Indian journal of veterinary science and animal husbandry - Volumes 18-21, 1948-1951
Year: 1948
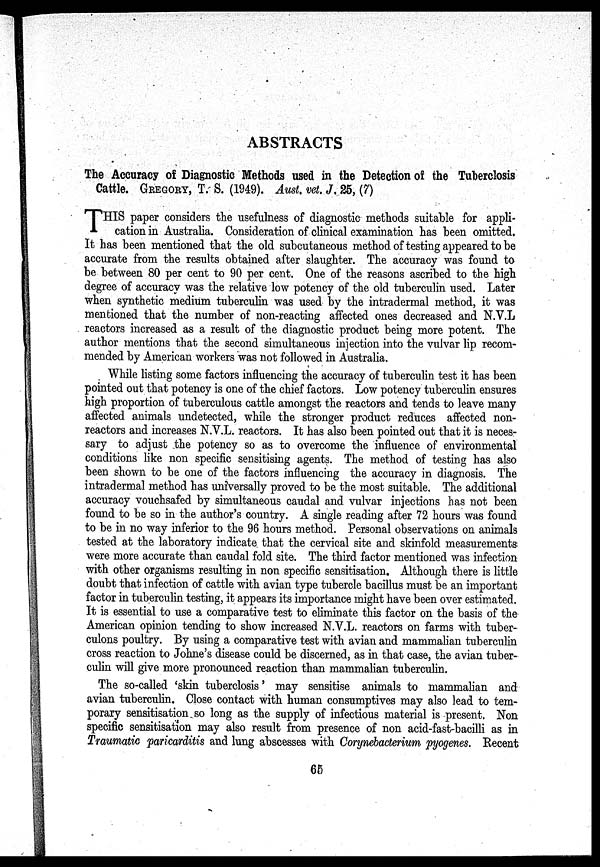
ABSTRACTS
The Accuracy of Diagnostic Methods used in the Detection of the Tuberclosis
Cattle. GREGORY, T. S. (1949). Aust. vet. J. 25, (7)
T HIS paper considers the usefulness of diagnostic methods suitable for appli-
cation in Australia. Consideration of clinical examination has been omitted.
It has been mentioned that the old subcutaneous method of testing appeared to be
accurate from the results obtained after slaughter. The accuracy was found to
be between 80 per cent to 90 per cent. One of the reasons ascribed to the high
degree of accuracy was the relative low potency of the old tuberculin used. Later
when synthetic medium tuberculin was used by the intradermal method, it was
mentioned that the number of non-reacting affected ones decreased and N.V.L
reactors increased as a result of the diagnostic product being more potent. The
author mentions that the second simultaneous injection into the vulvar lip recom-
mended by American workers was not followed in Australia.
While listing some factors influencing the accuracy of tuberculin test it has been
pointed out that potency is one of the chief factors. Low potency tuberculin ensures
high proportion of tuberculous cattle amongst the reactors and tends to leave many
affected animals undetected, while the stronger product reduces affected non-
reactors and increases N.V.L. reactors. It has also been pointed out that it is neces-
sary to adjust the potency so as to overcome the influence of environmental
conditions like non specific sensitising agents. The method of testing has also
been shown to be one of the factors influencing the accuracy in diagnosis. The
intradermal method has universally proved to be the most suitable. The additional
accuracy vouchsafed by simultaneous caudal and vulvar injections has not been
found to be so in the author's country. A single reading after 72 hours was found
to be in no way inferior to the 96 hours method. Personal observations on animals
tested at the laboratory indicate that the cervical site and skinfold measurements
were more accurate than caudal fold site. The third factor mentioned was infection
with other organisms resulting in non specific sensitisation. Although there is little
doubt that infection of cattle with avian type tubercle bacillus must be an important
factor in tuberculin testing, it appears its importance might have been over estimated.
It is essential to use a comparative test to eliminate this factor on the basis of the
American opinion tending to show increased N.V.L. reactors on farms with tuber-
culons poultry. By using a comparative test with avian and mammalian tuberculin
cross reaction to Johne's disease could be discerned, as in that case, the avian tuber-
culin will give more pronounced reaction than mammalian tuberculin.
The so-called 'skin tuberclosis' may sensitise animals to mammalian and
avian tuberculin. Close contact with human consumptives may also lead to tem-
porary sensitisation so long as the supply of infectious material is present. Non
specific sensitisation may also result from presence of non acid-fast-bacilli as in
Traumatic paricarditis and lung abscesses with Corynebacterium pyogenes. Recent
65